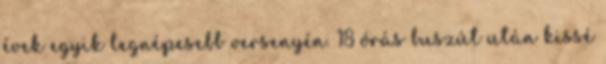
évek egyik legnépesebb versenyén. 18 órás buszút után kissé